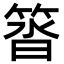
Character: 䈋